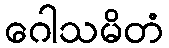
ဂေါသမိတံ